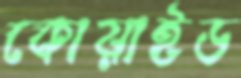
কোয়াইড